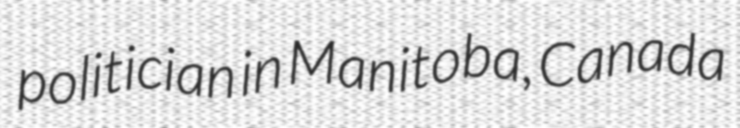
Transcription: politician in Manitoba, Canada